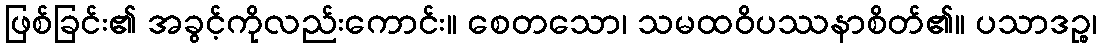
ဖြစ်ခြင်း၏ အခွင့်ကိုလည်းကောင်း။ စေတသော၊ သမထဝိပဿနာစိတ်၏။ ပသာဒဉ္စ၊